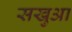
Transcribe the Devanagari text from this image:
सखुआ